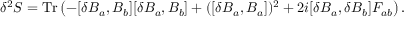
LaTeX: \delta ^ { 2 } S = \mathrm { T r } \left( - [ \delta B _ { a } , B _ { b } ] [ \delta B _ { a } , B _ { b } ] + ( [ \delta B _ { a } , B _ { a } ] ) ^ { 2 } + 2 i [ \delta B _ { a } , \delta B _ { b } ] F _ { a b } \right) .